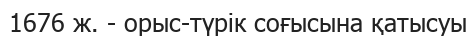
1676 ж. - орыс-түрік соғысына қатысуы